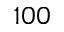
1 0 0